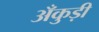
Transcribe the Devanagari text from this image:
अँकुड़ी